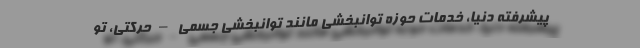
پیشرفته دنیا، خدمات حوزه توانبخشی مانند توانبخشی جسمی – حرکتی، تو